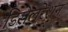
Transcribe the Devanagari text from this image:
डिसेलरेशन